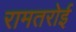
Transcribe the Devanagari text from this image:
रामतरोई